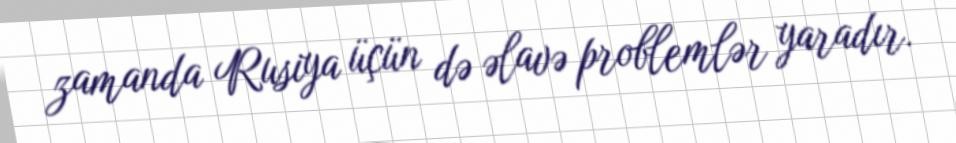
zamanda Rusiya üçün də əlavə problemlər yaradır.